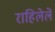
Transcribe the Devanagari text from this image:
राहिलेलें